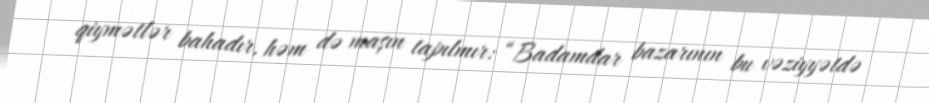
qiymətlər bahadır, həm də maşın tapılmır: “Badamdar bazarının bu vəziyyətdə